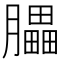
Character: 𦢏